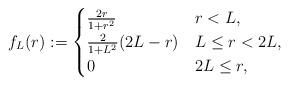
LaTeX: \begin{align*}f_L(r) := \begin{cases}\frac{2r}{1+r^2} & r<L,\\\frac{2}{1+L^2}(2L-r) & L \leq r <2L,\\0 & 2L \leq r,\end{cases}\end{align*}